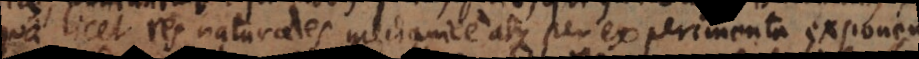
qua licet res naturales mechanice atque per experimenta exponendi;